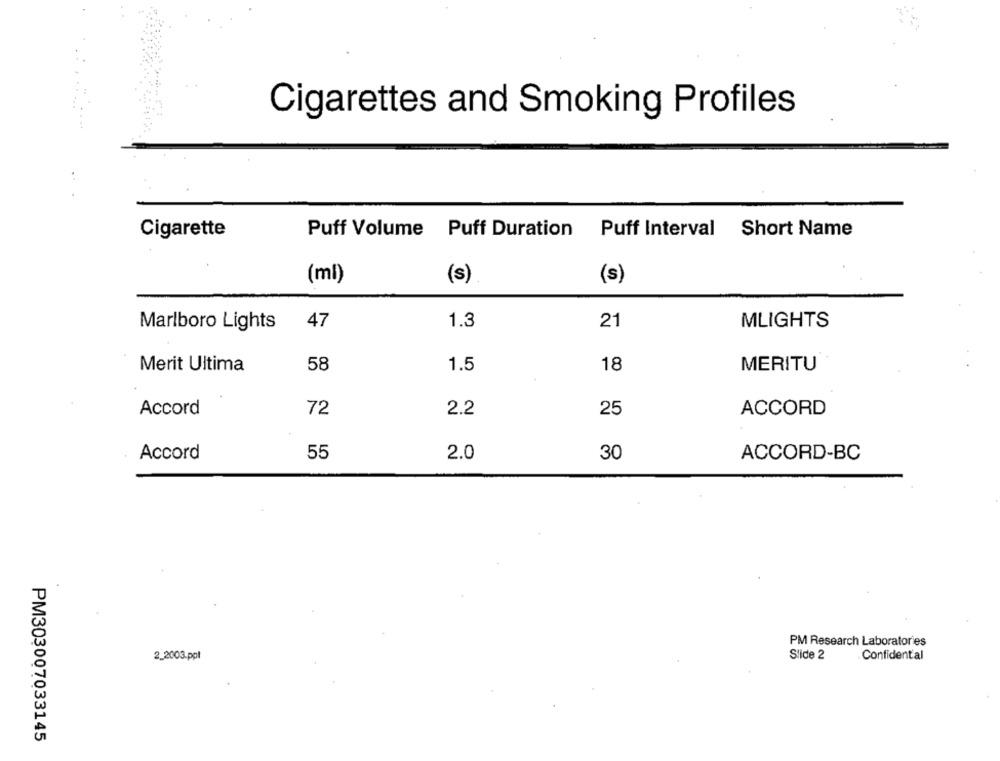
Cigarettes and Smoking Profiles
Cigarette
Puff Volume Puff Duration Puff Interval Short Name
(s)
(s)
(mi)
Marlboro Lights
47
1.3
21
MLIGHTS
58
Merit Ultima
1.5
18
MERITU
Accord
72
2.2
25
ACCORD
Accord
55
2.0
30
ACCORD-BC
PM Research Laboratories
Slide 2
Confidental
2_2003.ppt
PM303007033145